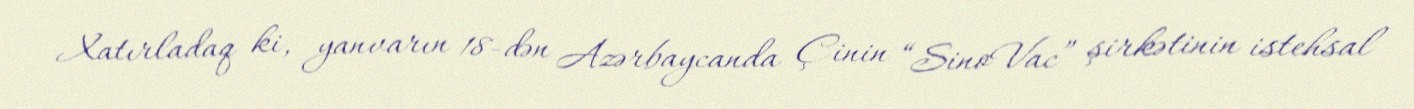
Xatırladaq ki, yanvarın 18-dən Azərbaycanda Çinin “SinoVac” şirkətinin istehsal